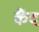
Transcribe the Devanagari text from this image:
कैंद